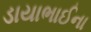
ડાયાભાઈના